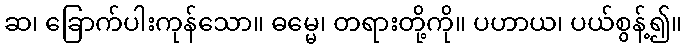
ဆ၊ ခြောက်ပါးကုန်သော။ ဓမ္မေ၊ တရားတို့ကို။ ပဟာယ၊ ပယ်စွန့်၍။